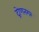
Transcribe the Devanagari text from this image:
द्रोणनगर